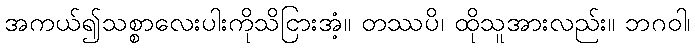
အကယ်၍သစ္စာလေးပါးကိုသိငြားအံ့။ တဿပိ၊ ထိုသူအားလည်း။ ဘဂဝါ၊